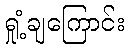
ရှုံ့ချကြောင်း